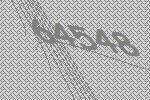
64548